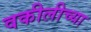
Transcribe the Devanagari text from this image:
वकीलीच्या